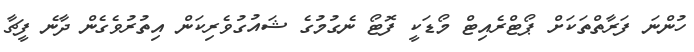
ހުންނަ ފަރާތްތަކަށް ޕޯޓްރެއިޓް މޯޑަކީ ފޮޓޯ ނެގުމުގެ ޝައުގުވެރިކަން އިތުރުވެގެން ދާނެ ފީޗާ